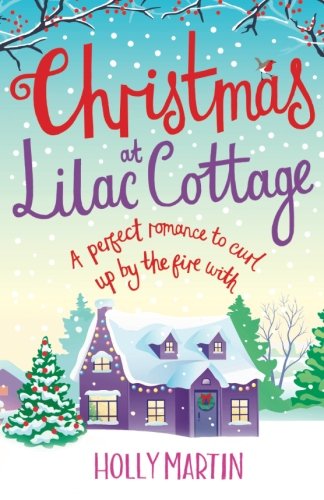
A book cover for Christmas at Lilac Cottage: A perfect romance to curl up by the fire with (White Cliff Bay) (Volume 1); Holly Martin; Literature & Fiction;